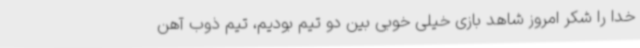
خدا را شکر امروز شاهد بازی خیلی خوبی بین دو تیم بودیم، تیم ذوب آهن